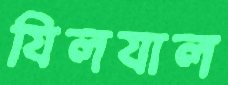
যিলযাল